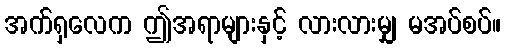
အက်ရှလေက ဤအရာများနှင့် လားလားမျှ မအပ်စပ်။